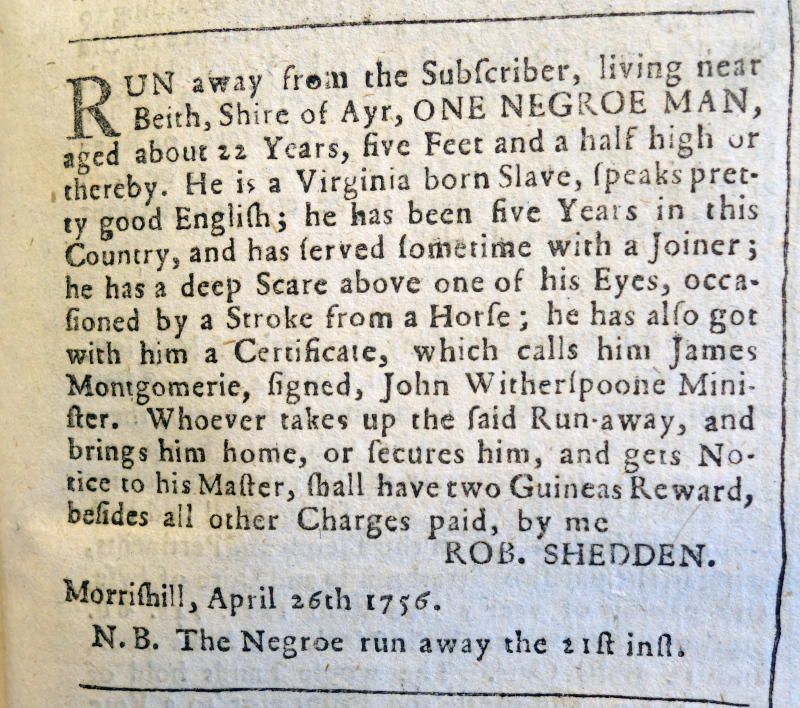
Edinburgh Evening Courant, 4 May 1756 (Scotland)
RUN away from the Subscriber, living near Beith, Shire of Ayr, ONE NEGROE MAN, aged about 22 Years, five Feet and a half high or thereby. He is a Virginia born Slave, speaks pretty good English; he has been five Years in this Country, and has served sometime with a Joiner; he has a deep Scare above one of his Eyes, occasioned by a Stroke from a Horse; he has also got with him a Certificate, which calls him James Montgomerie, signed, John Witherspoone Minister. Whoever takes up the said Run-away, and brings him home, or secures him, and gets Notice to his Master, shall have two Guineas Reward, besides all other Charges paid, by me  ROB. SHEDDEN. Morrishill, April 26th 1756.  N.B. The Negroe run away the 21st Inst.